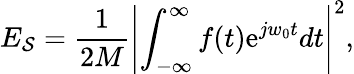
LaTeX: E_{\mathcal{S}}=\frac{{1}}{{2M}}\left|\int_{-\infty}^{\infty}f(t)\mathrm{{e}}^{jw_{0}t}dt\right|^{2},